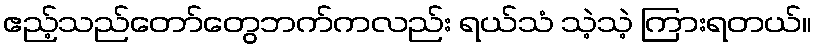
ဧည့်သည်တော်တွေဘက်ကလည်း ရယ်သံ သဲ့သဲ့ ကြားရတယ်။